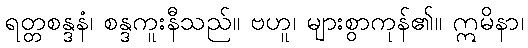
ရတ္တစန္ဒနံ၊ စန္ဒကူးနီသည်။ ဗဟူ၊ များစွာကုန်၏။ ဣမိနာ၊